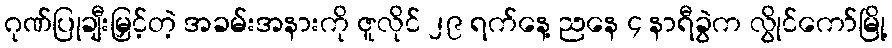
ဂုဏ်ပြုချီးမြှင့်တဲ့ အခမ်းအနားကို ဇူလိုင် ၂၉ ရက်နေ့ ညနေ ၄ နာရီခွဲက လွိုင်ကော်မြို့